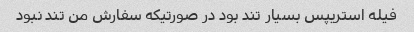
فیله استریپس بسیار تند بود در صورتیکه سفارش من تند نبود